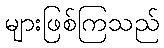
များဖြစ်ကြသည်